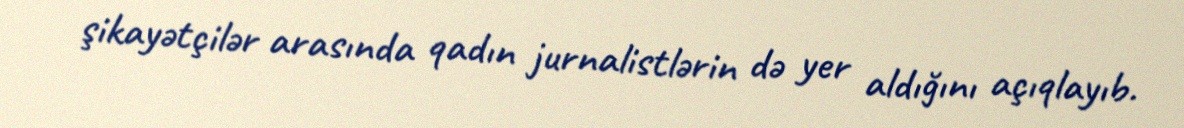
şikayətçilər arasında qadın jurnalistlərin də yer aldığını açıqlayıb.